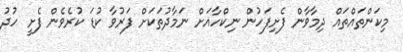
މިކަންތައްތައް ދިމާވާން ފެށިފަހުން ނިކްހާއަށް ނަމާދުތަކަށް ފަރުވާ ކުޑަ ކުރެވެން ފެށީ ހުދު